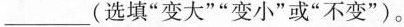
___(选填”变大””变小”或”不变”)。